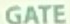
GATE